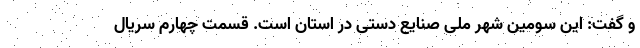
و گفت: این سومین شهر ملی صنایع دستی در استان است. قسمت چهارم سریال